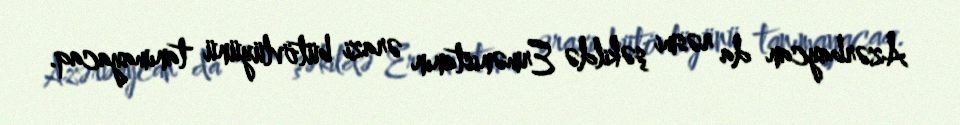
Azərbaycan da rəsmi şəkildə Ermənistanın ərazi bütövlüyünü tanımayacaq.